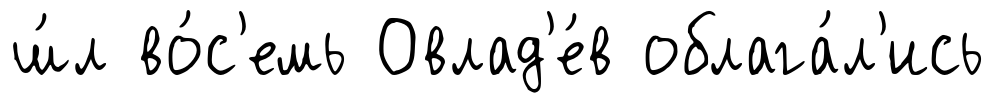
ш́л во́с'емь Овлад'е́в облага́л'ись